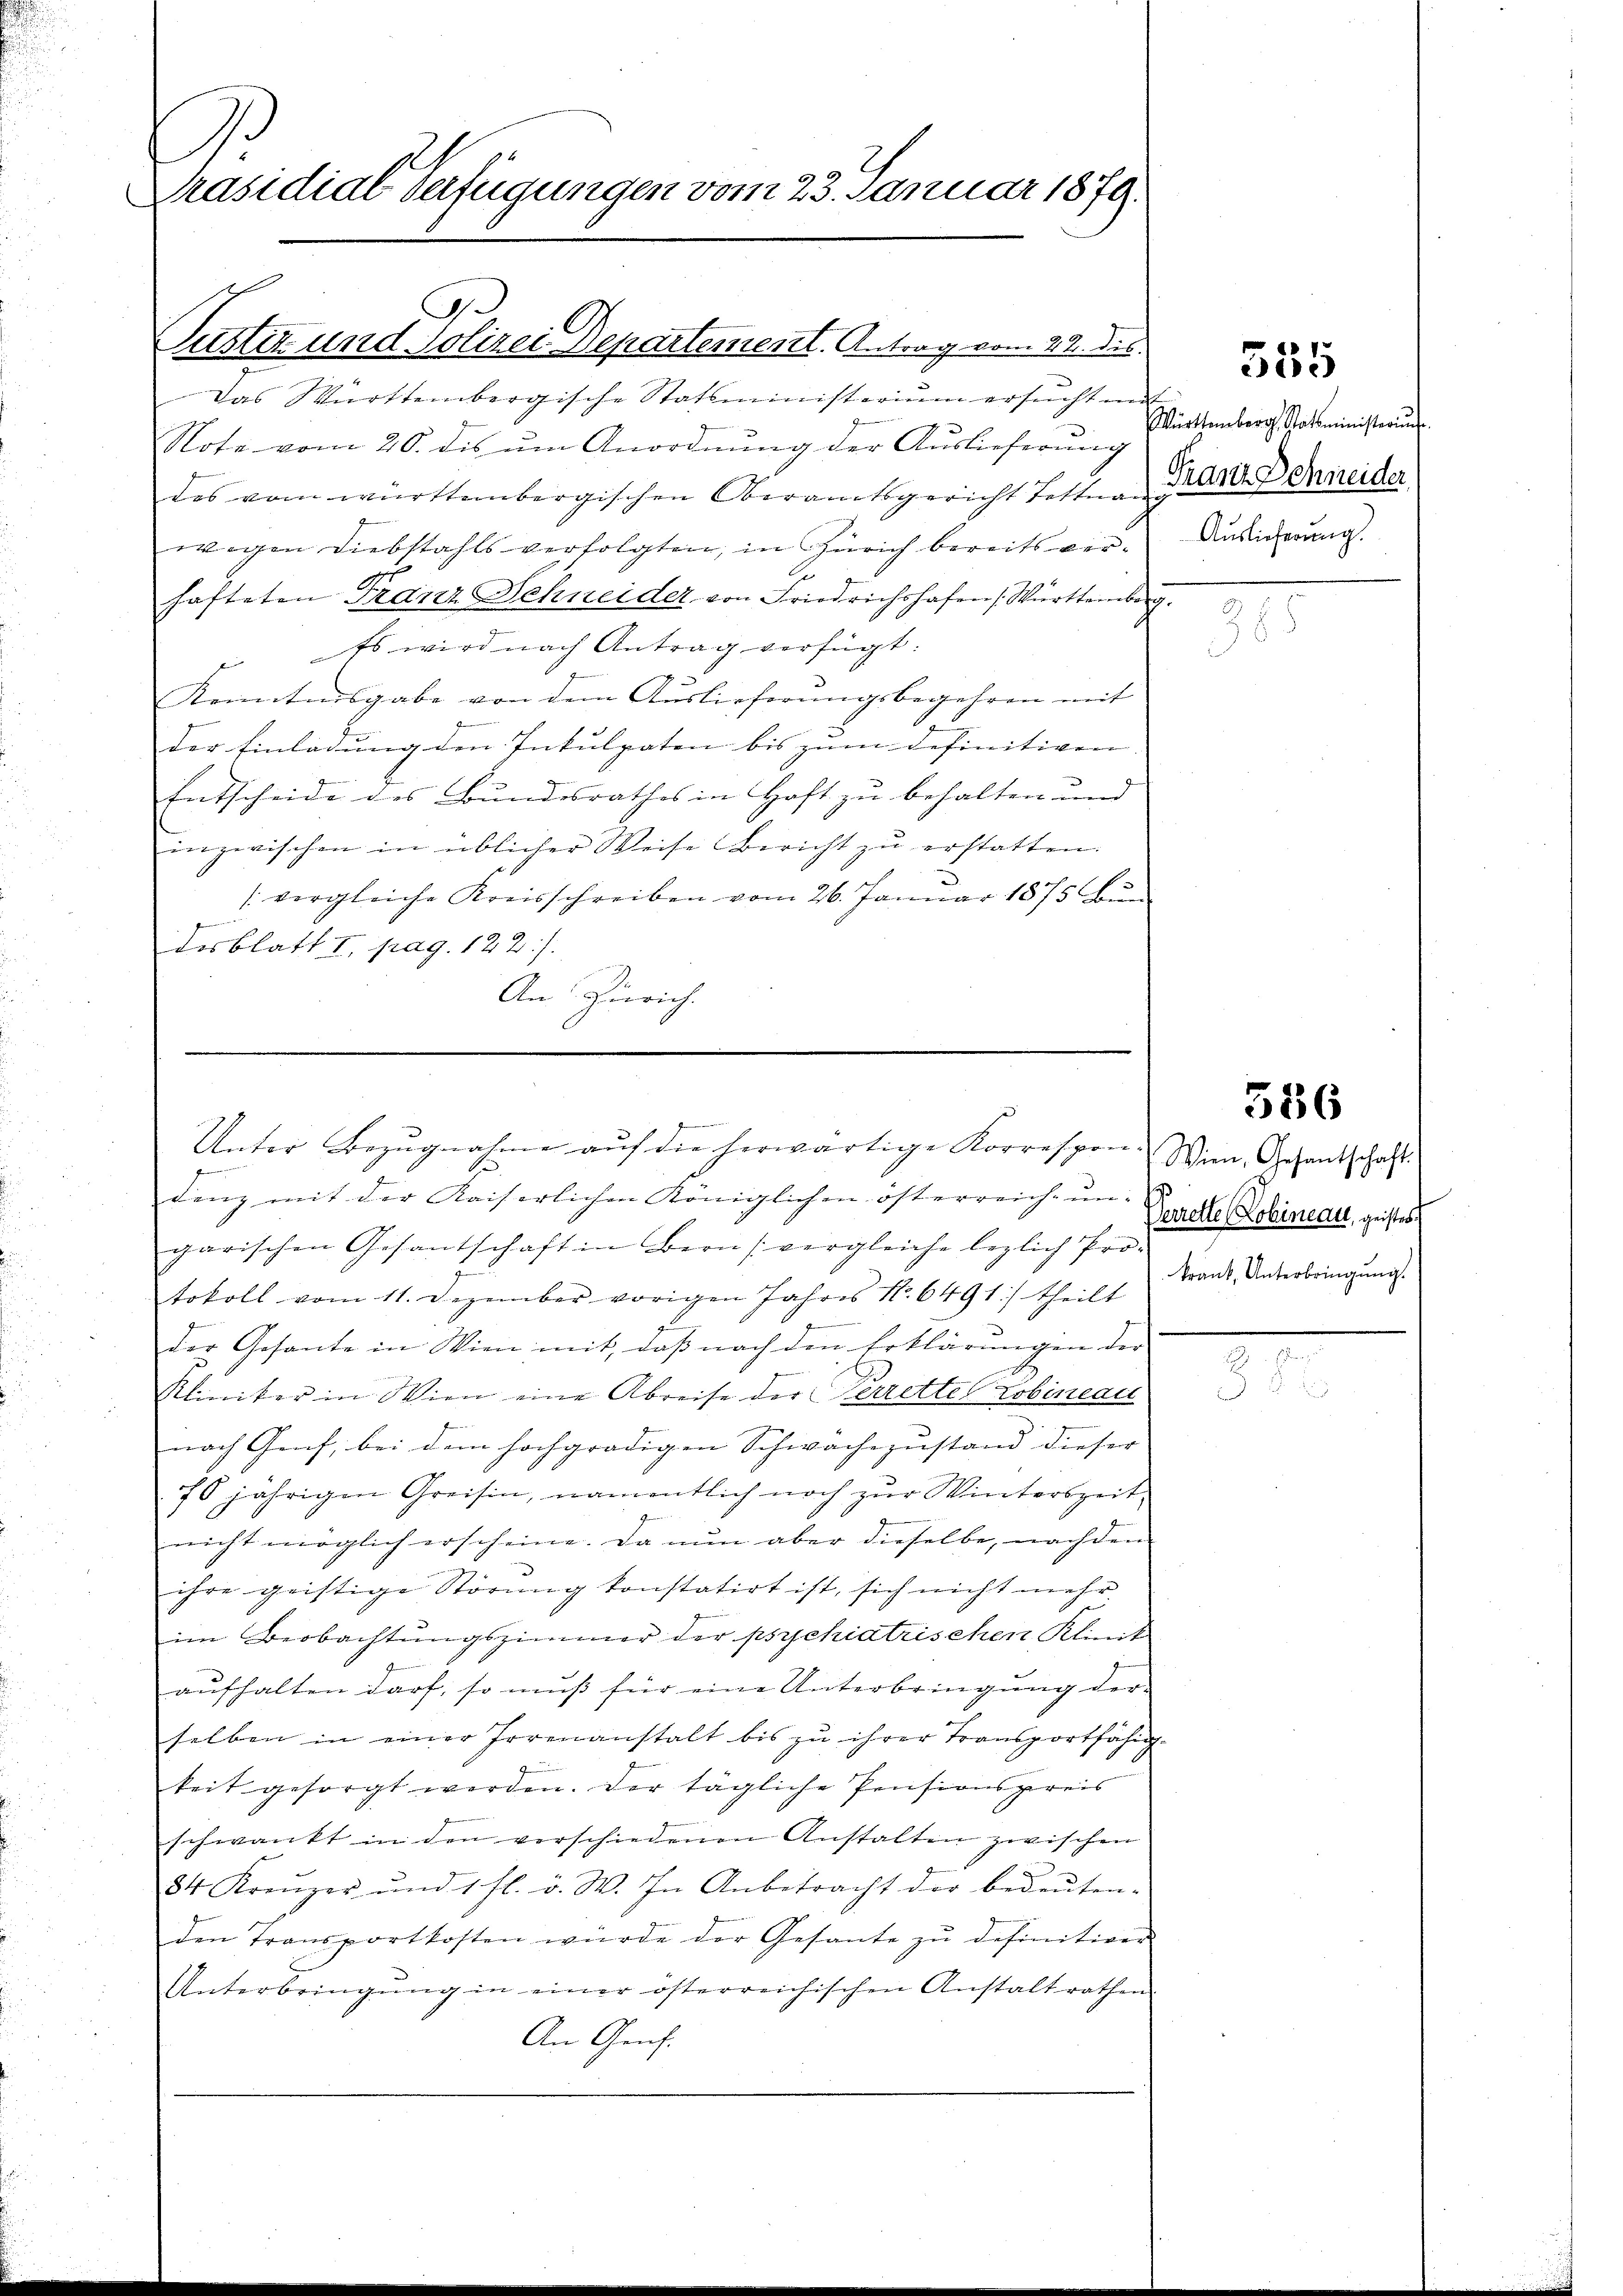
Präsidial-Verfügungen vom 23. Januar 1879.

Das Württembergische Statsministerium ersucht mit
Note vom 20. dis ŭm Anordnung der Auslieferung
des vom württembergischen Oberamtsgericht Tettna Grad Schneider
wegen Diebstahls verfolgten, in Zürich bereits verhafteten Franz Schneider von Friedrichshafen Württember
Es wird nach Antrag verfügt:
Kenntnisgabe von dem Auslieferungsbegehren mit
der Einladung den Inkulpaten bis zum definitiven |
Entscheide des Bundesrathes in Haft zu behalten und
inzwischen in üblicher Weise Bericht zŭ erstatten.
(vergleiche Kreisschreiben vom 26. Januar 1875 Bun
desblatt I. pag. 122./.
An Zürich.

Justiz und Polizei Departement. Antrag vom 22. ds.

denz mit der Kaiserlichen Königlichen österreich ŭm Verst Lobinett, geistes
garischen Gesantschaft in Bern (vergleiche lezlich Pro-
tokoll vom 11. Dezember vorigen Jahres No. 6491) theilt
zu
der Gesante in Wien mit, daβ nach den Erklärŭngen der
Kliniker in Wien eine Abreise der Perrette Lobineat
nach Genf, bei dem hochgradigen Schwächezustand dieser
76 jährigen Greisin, namentlich noch zur Winterszeit
nicht möglich erscheine. Da nun aber dieselbe, nachden
ihre geistige Störung konstatirt ist, sich nicht mehr
im Beobachtungszimmer der psychiatrischen Klinik
aufhalten darf, so muß für eine Unterbringung der
selben in einer Irrenanstalt bis zu ihrer Transportfähig.
keit gesorgt werden. Der tägliche Pensionspreis
schwankt in den verschiedenen Anstalten zwischen
84 Kreŭzer und 1 fl. v. W. In Anbetracht der bedeŭten-
den Transportkosten würde der Gesante zu definitiver
Unterbringŭng in einer österreichischen Anstaltrathen
An Genf.

Unter Bezugnahme auf die herwärtige Korrespon. Wenn Gesandtschaft

555

Württemberg, Statsministeriu
Auslieferung.

356

krank, Unterbringung.